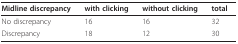
<table><thead><tr><td><b>Midline discrepancy</b></td><td><b>with clicking</b></td><td><b>without clicking</b></td><td><b>total</b></td></tr></thead><tbody><tr><td>No discrepancy</td><td>16</td><td>16</td><td>32</td></tr><tr><td>Discrepancy</td><td>18</td><td>12</td><td>30</td></tr></tbody></table>